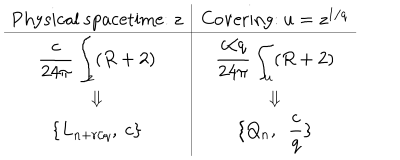
LaTeX: \begin{array} { c | c } { { \mathrm { P h y s i c a l ~ s p a c e t i m e : ~ } z } } & { { \mathrm { C o v e r i n g : ~ } u = z ^ { 1 / q } } } \\ \hline { { { \displaystyle { \frac { c } { 2 4 \pi } } \int _ { z } ( R + 2 ) } } } & { { { \displaystyle { \frac { c / q } { 2 4 \pi } } \int _ { u } ( R + 2 ) } } } \\ { { \Downarrow } } & { { \Downarrow } } \\ { { \{ L _ { n + r / q } , \ c \} } } & { { \{ Q _ { n } , \ \ { \displaystyle { \frac { c } { q } } \} } } } \\ \end{array}